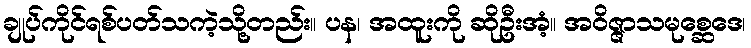
ချုပ်ကိုင်ရစ်ပတ်သကဲ့သို့တည်း။ ပန၊ အထူးကို ဆိုဦးအံ့။ အဝိဇ္ဇာသမုစ္ဆေဒေ၊